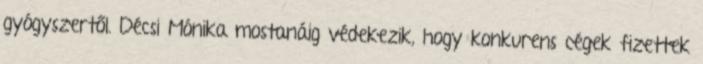
gyógyszertől. Décsi Mónika mostanáig védekezik, hogy konkurens cégek fizettek